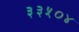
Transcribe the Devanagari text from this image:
३३५०४